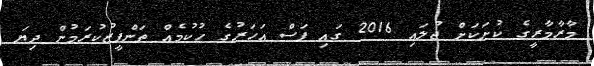
މާރާމާރީގެ ކުށަކަށް ޖުލައި 2016 ގައި ފަސް އަހަރުގެ ހުކުމެއް ތަންފީޒުކުރަމުން ދިޔަ